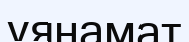
уянамат